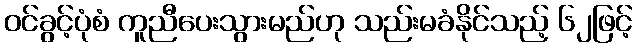
ဝင်ခွင့်ပုံစံ ကူညီပေးသွားမည်ဟု သည်းမခံနိုင်သည့် ၆၂ဖြင့်